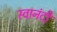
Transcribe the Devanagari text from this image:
स्वानंदीं